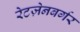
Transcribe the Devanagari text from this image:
रेटज़ेनबर्गर